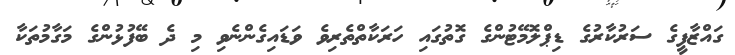
ގައްޒާފީގެ ސަރުކާރުގެ ޑިޕްލޮމޭޓުންގެ ގޮތުގައި ހަރަކާތްތެރިވެ ވަޑައިގެންނެވި މި ދެ ބޭފުޅުންގެ މަގާމުތަކާ